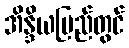
အိန္ဒိယပြည်တွင်